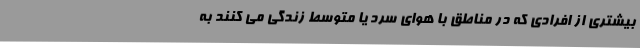
بیشتری از افرادی که در مناطق با هوای سرد یا متوسط زندگی می کنند به